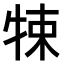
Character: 𤙨